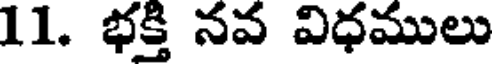
11. భక్తి నవ విధములు